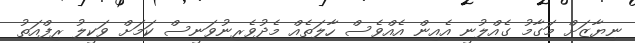
ނިޔާޒަށް މަގާމު ގެއްލުނީ އެއިން އެއްވެސް ހާލަތެއް މެދުވެރިނުވަނީސް ކަމަށް ވަކީލު ރިފްއަތު